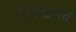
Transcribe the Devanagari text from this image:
स्निग्धतेचें